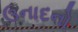
ઉનાદનો